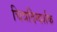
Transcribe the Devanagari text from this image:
चित्रदिग्दर्शक